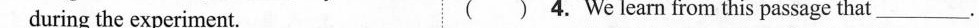
during the experiment. ( ) 4. We learn from this passage that___.